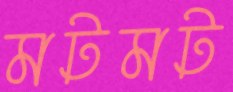
মটমট